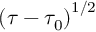
\left( \tau - \tau _ { 0 } \right) ^ { 1 / 2 }